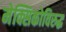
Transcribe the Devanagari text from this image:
मेक्सिकोविरुद्ध